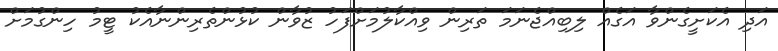
އަދި އެކަށީގެންވާ އަގެއް ލިބިއްޖެނަމަ ތަރިން ވިއްކާލުމަށްފަހު ޒުވާން ކުޅުންތެރިންނާއެކު ޓީމު ހިންގުމަށް